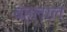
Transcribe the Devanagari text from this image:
बहलाल